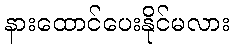
နားထောင်ပေးနိုင်မလား